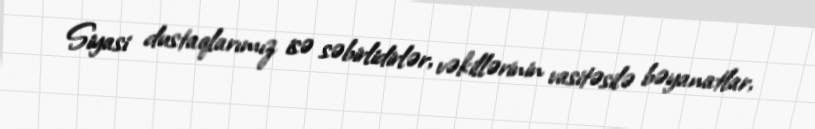
Siyasi dustaqlarımız isə səbirlidirlər, vəkillərinin vasitəsilə bəyanatlar,